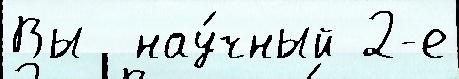
Вы  нау́чный 2-е